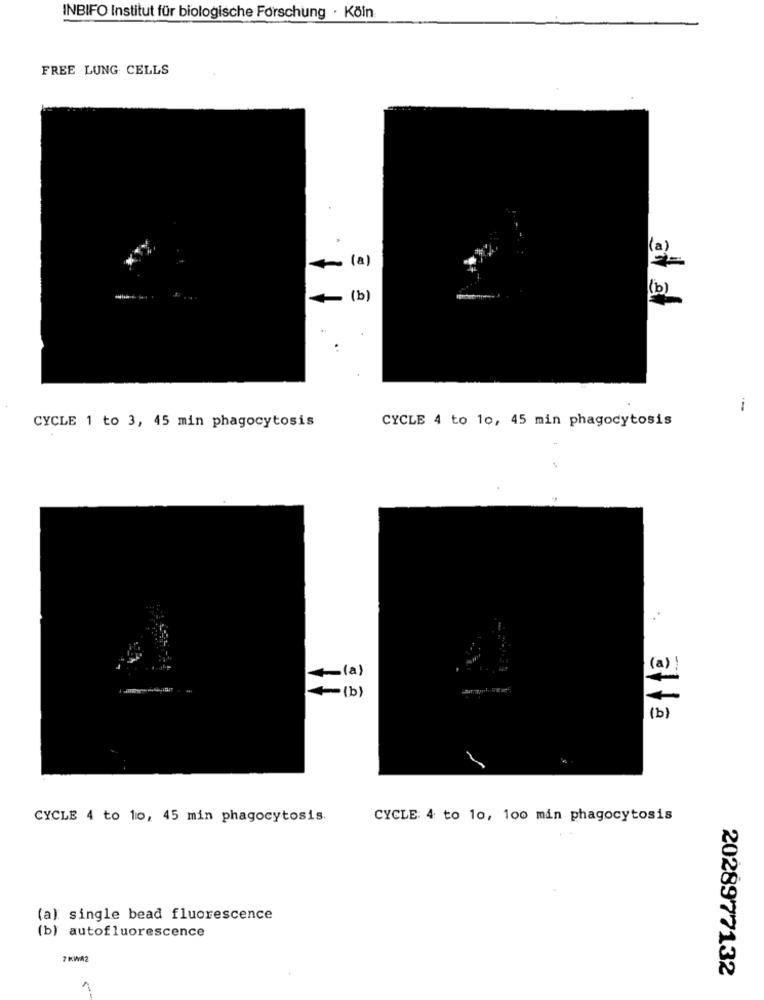
INBIFO Institut für biologische Forschung · Köln
FREE LUNG CELLS
.
(a)
(a)
(b)
(b)
..
CYCLE 4 to 10, 45 min phagocytosis
CYCLE 1 to 3, 45 min phagocytosis
(a) !
(a)
(b)
CYCLE 4 to 10, 45 min phagocytosis.
CYCLE: 4 to 10, 100 min phagocytosis
(a) single bead fluorescence
(b) autofluorescence
7 KW82
2028977132
1